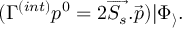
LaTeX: ( \Gamma ^ { ( i n t ) } p ^ { 0 } = 2 \overrightarrow { S _ { s } } . \overrightarrow { p } ) | \Phi _ { \rangle } .